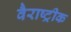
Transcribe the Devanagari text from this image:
वैराष्ट्रीक